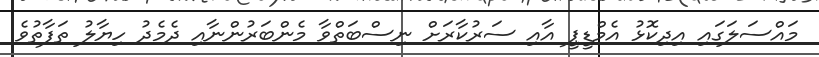
މައްސަލަގައި އިދިކޮޅު އެމްޑީޕީ އާއި ސަރުކާރަށް ނިސްބަތްވާ މެންބަރުންނާއި ދެމެދު ހިޔާލު ތަފާތުވެ